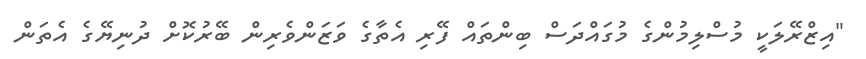
"އިޒްރޭލަކީ މުސްލިމުންގެ މުގައްދަސް ބިންތައް ފޭރި އެތާގެ ވަޒަންވެރިން ބޭރުކޮށް ދުނިޔޭގެ އެތަން